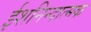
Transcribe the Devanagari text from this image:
ईशनिन्दात्मक